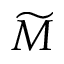
\widetilde M